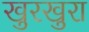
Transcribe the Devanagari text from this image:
खुरखुरा